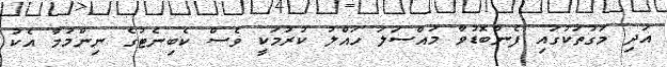
އަދި މަގުތަކުގައި ފެންބޮޑުވާ މައްސަލަ ހައްލު ކުރުމަކީ ވެސް ކެބިނެޓުގެ ނިންމުމާ އެކު